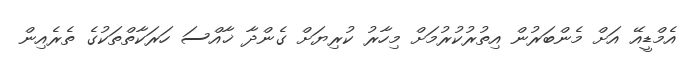
އެމްޑީއޭ އަށް މެންބަރުން އިތުރުކުރުމަށް މިހާރު ކުރިޔަށް ގެންދާ ޚާއްސަ ހަރަކާތްތަކުގެ ތެރެއިން